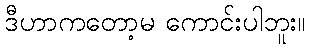
ဒီဟာကတော့မ ကောင်းပါဘူး။